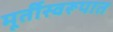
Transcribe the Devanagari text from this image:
मूर्तीस्वरूपात